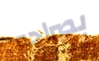
بصراحه